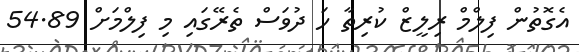
އެގޮތުން ފިލްމް ރިލީޒް ކުރިތާ ހަ ދުވަސް ތެރޭގައި މި ފިލްމަށް 54.89